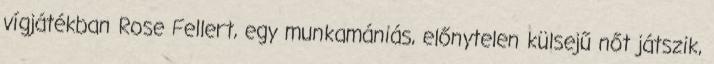
vígjátékban Rose Fellert, egy munkamániás, előnytelen külsejű nőt játszik,